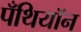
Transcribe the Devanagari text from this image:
पँथियॉन